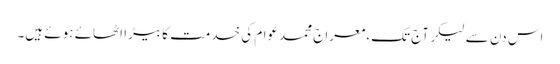
اس دن سے لیکر آج تک،معراج محمدعوام کی خدمت کا بیڑا اٹھائے ہوئے ہیں۔